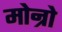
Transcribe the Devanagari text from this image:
मोन्रो